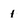
Character: 1